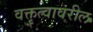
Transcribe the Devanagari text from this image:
वक्तृत्वावरील